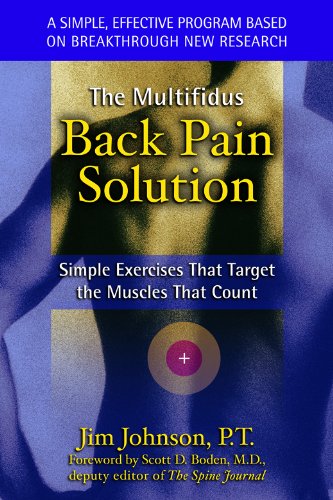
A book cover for The Multifidus Back Pain Solution: Simple Exercises That Target the Muscles That Count; Jim Johnson; Medical Books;